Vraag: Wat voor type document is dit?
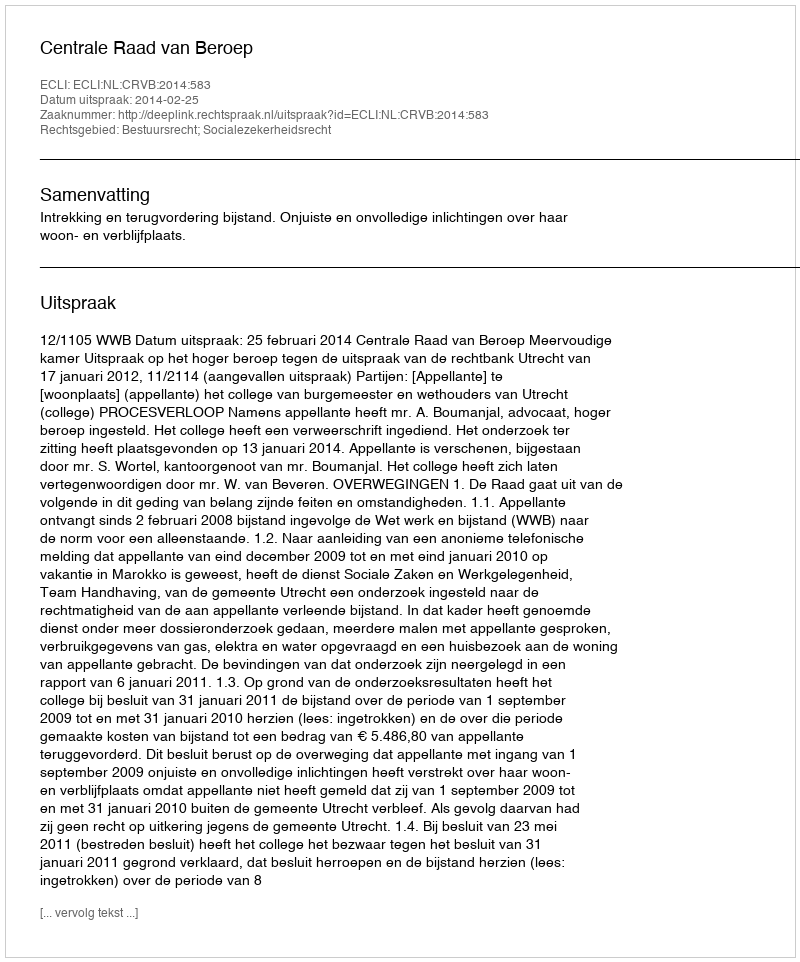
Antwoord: Uitspraak